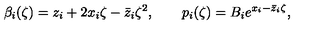
\beta _ { i } ( \zeta ) = z _ { i } + 2 x _ { i } \zeta - \bar { z } _ { i } \zeta ^ { 2 } , \qquad p _ { i } ( \zeta ) = B _ { i } e ^ { x _ { i } - \bar { z } _ { i } \zeta } ,